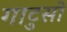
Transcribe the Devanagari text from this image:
गाटुसो